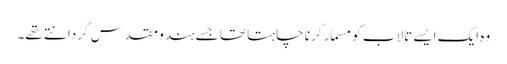
وہ ایک ایسے تالاب کو مسمار کرنا چاہتا تھا جسے ہندو مقدس گردانتے تھے۔